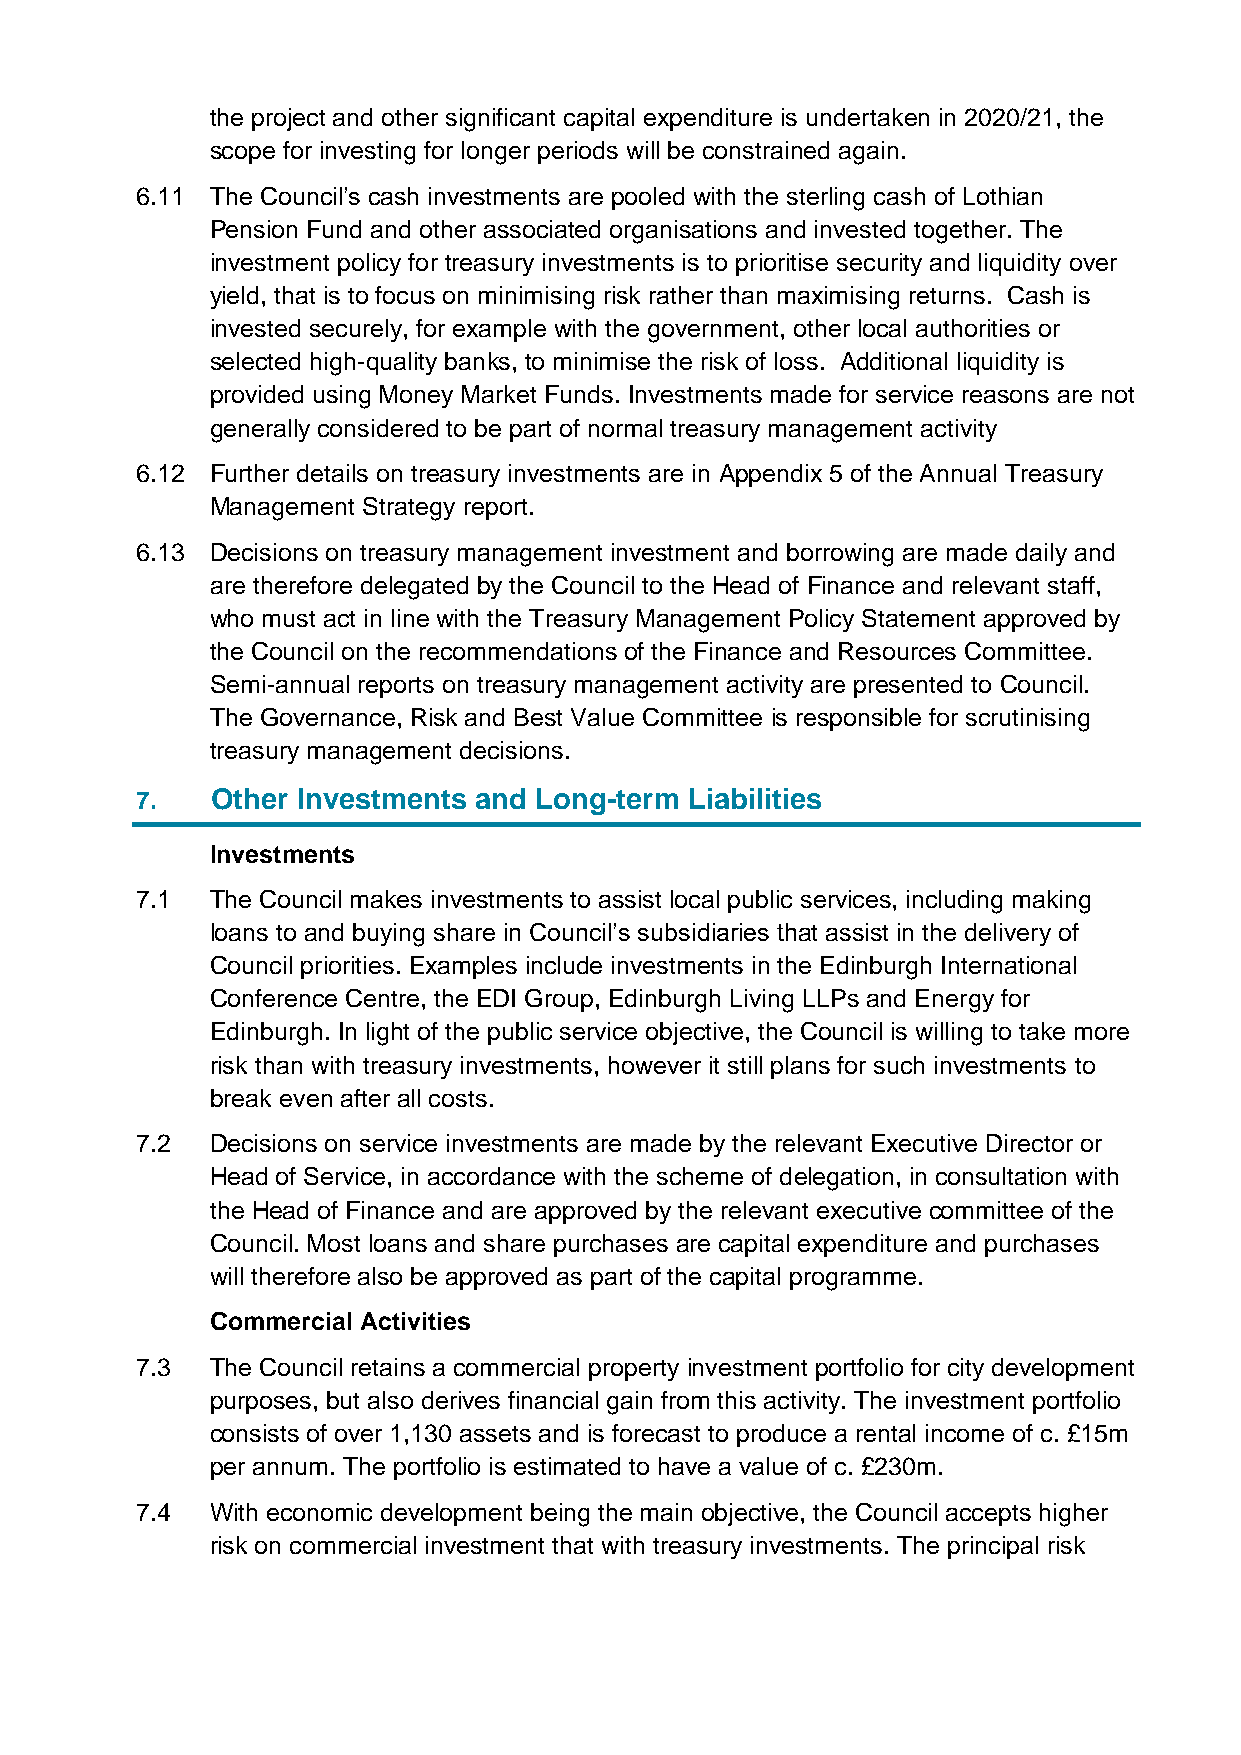
the project and other significant capital expenditure is undertaken in 2020/21, the
 scope for investing for longer periods will be constrained again.
 6.11 The Council’s cash investments are pooled with the sterling cash of Lothian
 Pension Fund and other associated organisations and invested together. The
 investment policy for treasury investments is to prioritise security and liquidity over
 yield, that is to focus on minimising risk rather than maximising returns. Cash is
 invested securely, for example with the government, other local authorities or
 selected high-quality banks, to minimise the risk of loss. Additional liquidity is
 provided using Money Market Funds. Investments made for service reasons are not
 generally considered to be part of normal treasury management activity
 6.12 Further details on treasury investments are in Appendix 5 of the Annual Treasury
 Management Strategy report.
 6.13 Decisions on treasury management investment and borrowing are made daily and
 are therefore delegated by the Council to the Head of Finance and relevant staff,
 who must act in line with the Treasury Management Policy Statement approved by
 the Council on the recommendations of the Finance and Resources Committee.
 Semi-annual reports on treasury management activity are presented to Council.
 The Governance, Risk and Best Value Committee is responsible for scrutinising
 treasury management decisions.
 7.   Other Investments and Long-term Liabilities
 Investments
 7.1  The Council makes investments to assist local public services, including making
 loans to and buying share in Council’s subsidiaries that assist in the delivery of
 Council priorities. Examples include investments in the Edinburgh International
 Conference Centre, the EDI Group, Edinburgh Living LLPs and Energy for
 Edinburgh. In light of the public service objective, the Council is willing to take more
 risk than with treasury investments, however it still plans for such investments to
 break even after all costs.
 7.2  Decisions on service investments are made by the relevant Executive Director or
 Head of Service, in accordance with the scheme of delegation, in consultation with
 the Head of Finance and are approved by the relevant executive committee of the
 Council. Most loans and share purchases are capital expenditure and purchases
 will therefore also be approved as part of the capital programme.
 Commercial Activities
 7.3  The Council retains a commercial property investment portfolio for city development
 purposes, but also derives financial gain from this activity. The investment portfolio
 consists of over 1,130 assets and is forecast to produce a rental income of c. £15m
 per annum. The portfolio is estimated to have a value of c. £230m.
 7.4  With economic development being the main objective, the Council accepts higher
 risk on commercial investment that with treasury investments. The principal risk